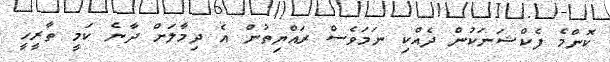
ކޮންމެ ފެކްޝަނަކުން ދެއްކި ނަމަވެސް ރައްޔިތުން އެ ދިމާލަށް ދާނެ ކަމީ ތާރީހީ